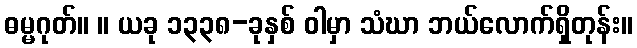
ဓမ္မဂုတ်။ ။ ယခု ၁၃၃၈-ခုနှစ် ဝါမှာ သံဃာ ဘယ်လောက်ရှိတုန်း။